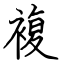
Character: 複